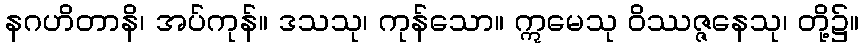
နဂဟိတာနိ၊ အပ်ကုန်။ ဒသသု၊ ကုန်သော။ ဣမေသု ဝိဿဇ္ဇနေသု၊ တို့၌။